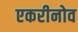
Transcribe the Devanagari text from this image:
एकरीनोव